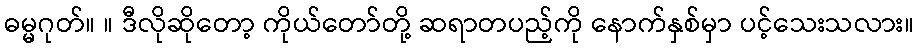
ဓမ္မဂုတ်။ ။ ဒီလိုဆိုတော့ ကိုယ်တော်တို့ ဆရာတပည့်ကို နောက်နှစ်မှာ ပင့်သေးသလား။